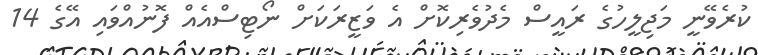
ކުރެވޭނީ މަޖިލީހުގެ ރައީސް މެދުވެރިކޮށް އެ ވަޒީރަކަށް ނޯޓިސްއެއް ފޮނުއްވައި އޭގެ 14